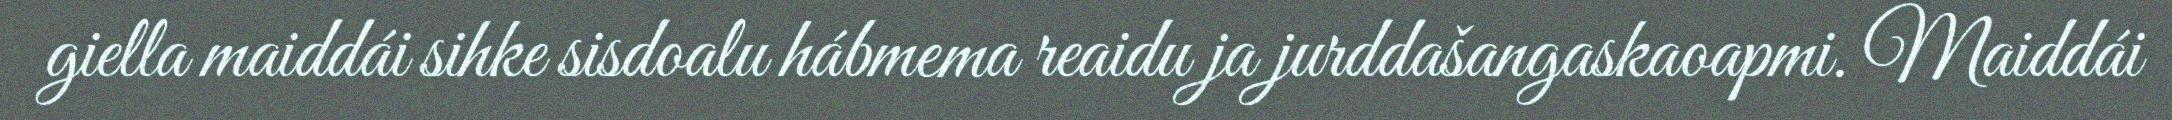
giella maiddái sihke sisdoalu hábmema reaidu ja jurddašangaskaoapmi. Maiddái